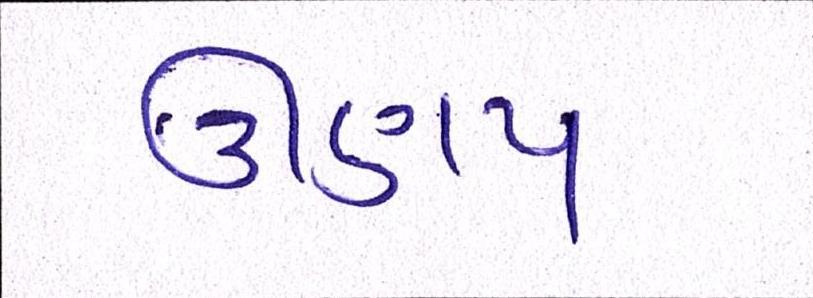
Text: ઊણપ